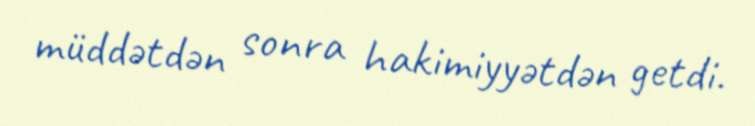
müddətdən sonra hakimiyyətdən getdi.